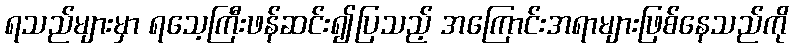
ရသည်များမှာ ရသေ့ကြီးဖန်ဆင်း၍ပြသည့် အကြောင်းအရာများဖြစ်နေသည်ကို